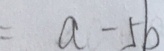
= a - 5 b